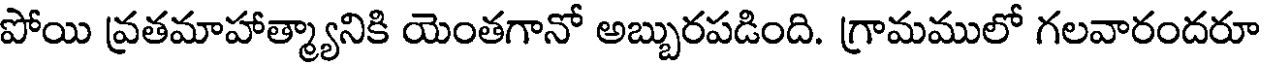
పోయి వ్రతమాహాత్మ్యానికి యెంతగానో అబ్బురపడింది. గ్రామములో గలవారందరూ